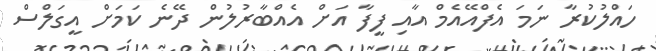
ހައްލުކުރާ ނަމަ އެފްއޭއެމް އާއި ފީފާ އަށް އެއްބާރުލުން ދޭނެ ކަމަށް އީގަލްސް